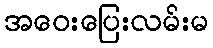
အဝေးပြေးလမ်းမ